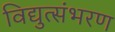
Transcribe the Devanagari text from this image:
विद्युत्संभरण